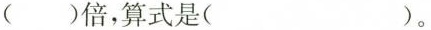
（）倍，算式是（）。